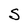
Character: S